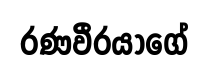
රණවීරයාගේ